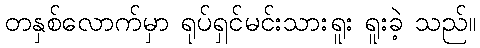
တနှစ်လောက်မှာ ရုပ်ရှင်မင်းသားရူး ရူးခဲ့ သည်။